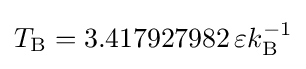
T_{\mathrm {B} }=3.417927982\,\varepsilon k_{\mathrm {B} }^{-1}